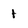
Character: 1